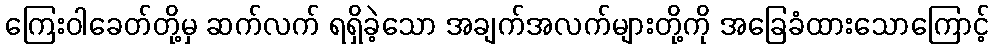
ကြေးဝါခေတ်တို့မှ ဆက်လက် ရရှိခဲ့သော အချက်အလက်များတို့ကို အခြေခံထားသောကြောင့်